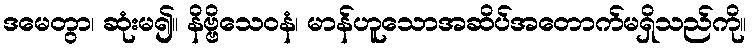
ဒမေတွာ၊ ဆုံးမ၍။ နိဗ္ဗိသေဝနံ၊ မာန်ဟူသောအဆိပ်အတောက်မရှိသည်ကို။